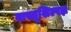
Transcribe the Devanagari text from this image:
वास्तूशिल्पज्ञ